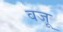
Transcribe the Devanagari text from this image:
वजू